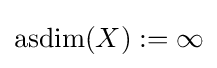
\operatorname {asdim} (X):=\infty